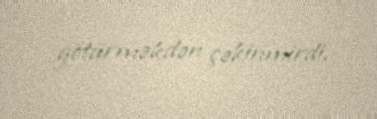
götürməkdən çəkinmirdi.